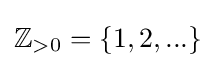
\mathbb {Z} _{>0}=\{1,2,...\}